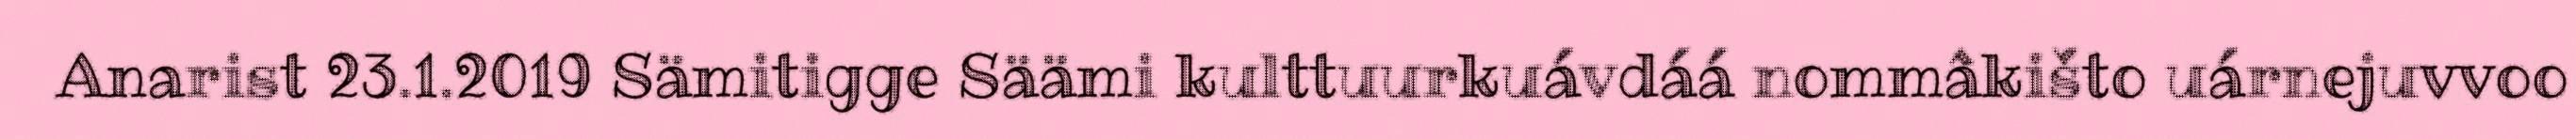
Anarist 23.1.2019 Sämitigge Säämi kulttuurkuávdáá nommâkišto uárnejuvvoo